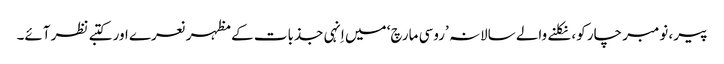
پیر، نومبر چار کو، نکلنے والے سالانہ ’روسی مارچ‘ میں اِنہی جذبات کے مظہر نعرے اور کتبے نظر آئے۔